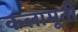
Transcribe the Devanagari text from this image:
कलामूर्ती